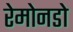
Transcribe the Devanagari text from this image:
रेमोनडो